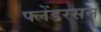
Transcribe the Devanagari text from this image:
फ्लेंडरसन